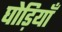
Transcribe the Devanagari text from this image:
घोड़ियाँ